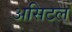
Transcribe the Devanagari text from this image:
असिटल